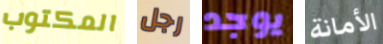
المكتوب رجل يوجد الأمانة